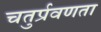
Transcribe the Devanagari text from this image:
चतुर्प्रवणता